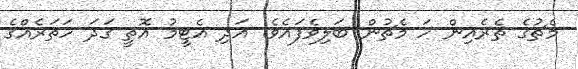
މެޗުގެ ތެރެއިން ހަ މެޗުން ބަލިވެފައެވެ. އަދި އެޓީމު އޮތީ ގަދަ ހަތަރެއްގެ